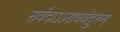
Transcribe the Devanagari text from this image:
सर्वदाऽऽराधयेद्गुरुम्